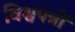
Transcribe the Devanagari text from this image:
विश्वपत्रों